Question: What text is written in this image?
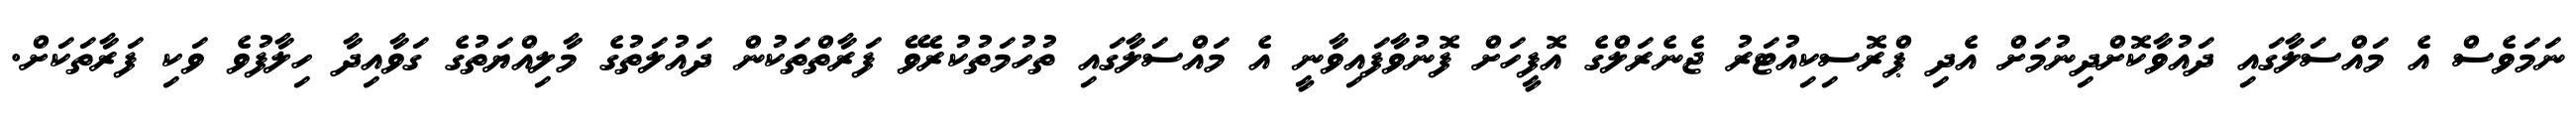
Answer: ނަމަވެސް އެ މައްސަލާގައި ދައުވާކޮށްދިނުމަށް އެދި ޕްރޮސިކިއުޓަރު ޖެނެރަލްގެ އޮފީހަށް ފޮނުވާފައިވާނީ އެ މައްސަލާގައި ތުހުމަތުކުރެވޭ ފަރާތްތަކުން ދައުލަތުގެ މާލިއްޔަތުގެ ގަވާއިދާ ހިލާފުވެ ވަކި ފަރާތަކަށް.